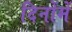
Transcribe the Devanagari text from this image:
दिनोंमें